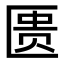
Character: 匮